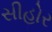
સીહોર